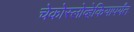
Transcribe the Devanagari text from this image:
चेकोस्लोव्हेकियापर्यंत